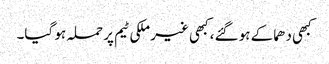
کبھی دھماکے ہو گئے، کبھی غیر ملکی ٹیم پر حملہ ہو گیا۔